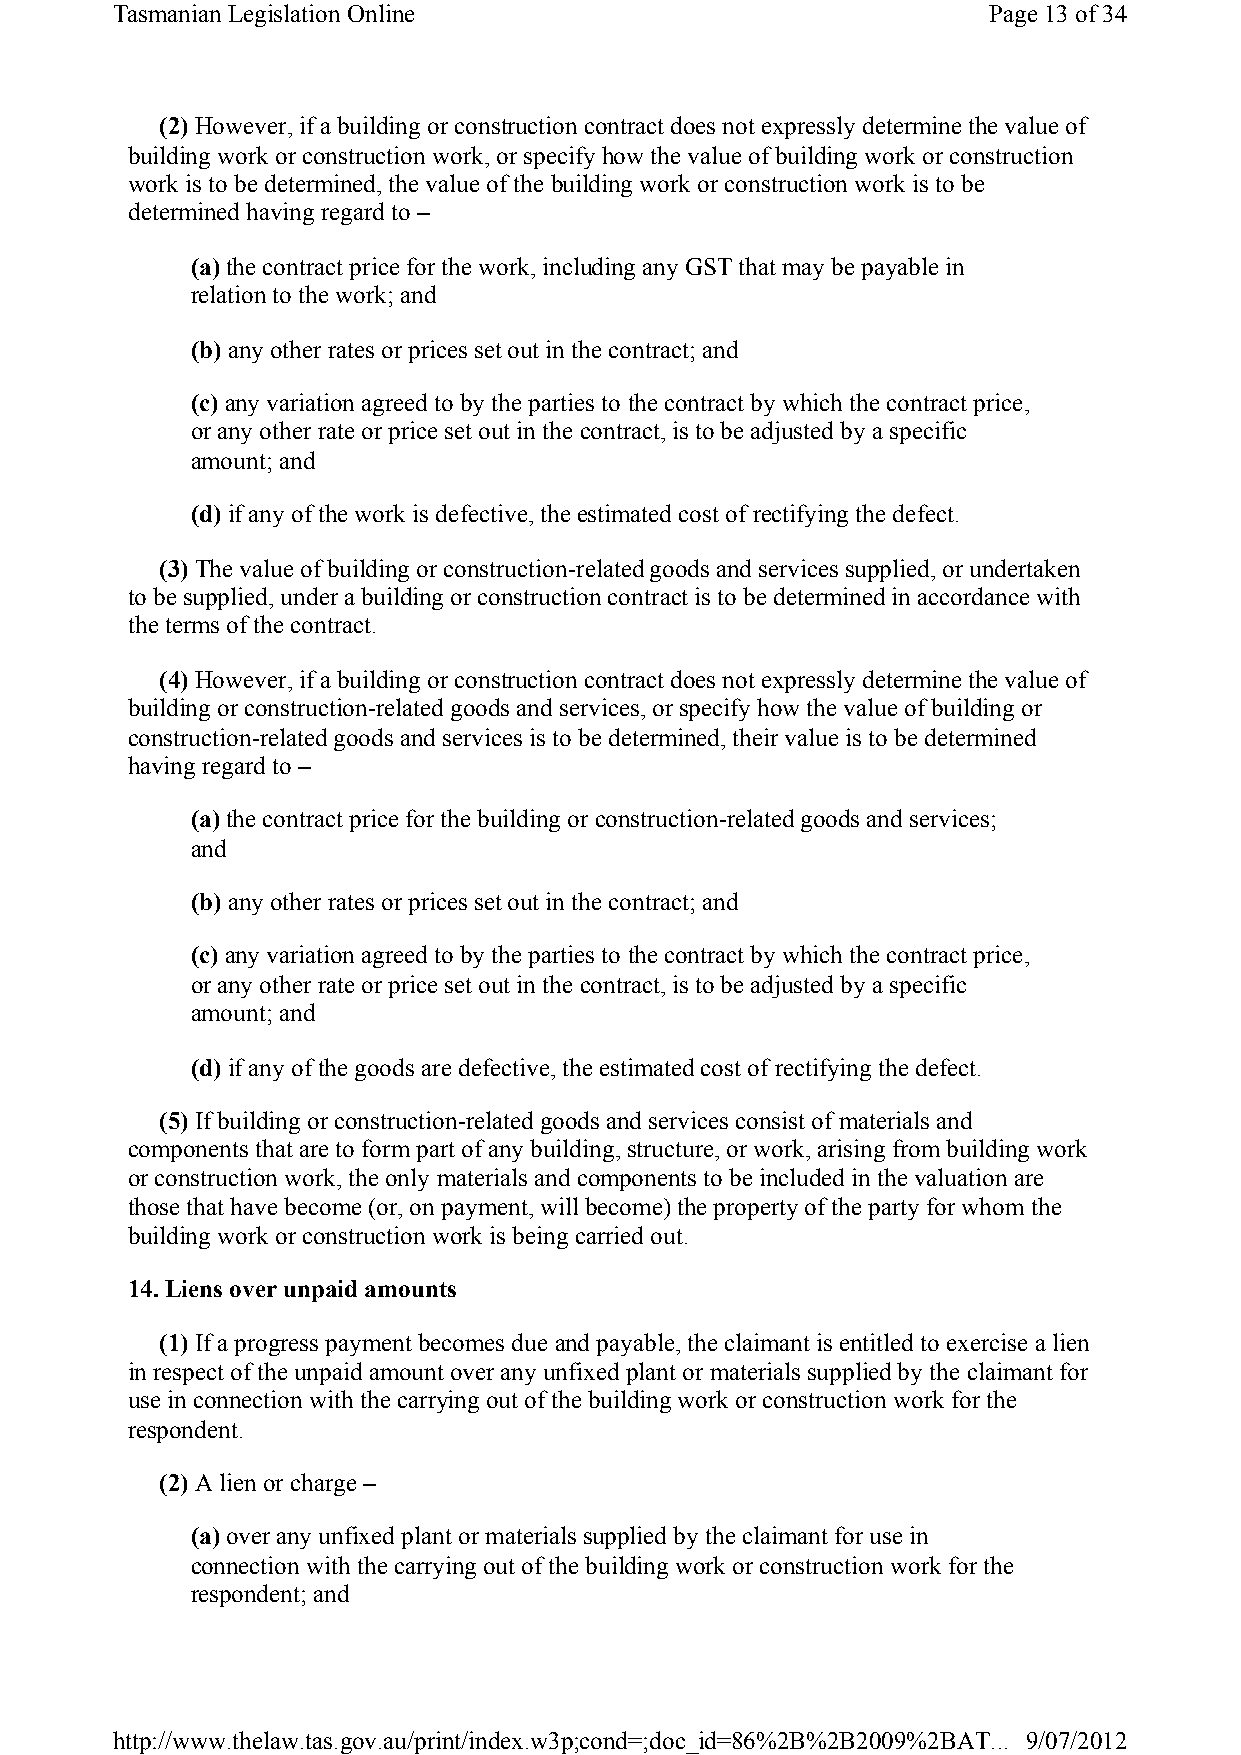
Tasmanian Legislation Online                              Page 13of 34
 (2) However, if a building or construction contract does not expressly determine the value of
 building work or construction work, or specify how the value of building work or construction
 work is to be determined, the value of the building work or construction work is to be
 determined having regard to –
 (a) the contract price for the work, including any GST that may be payable in
 relation to the work; and
 (b) any other rates or prices set out in the contract; and
 (c)any variation agreed to by the parties to the contract by which the contract price,
 or any other rate or price set out in the contract, is to be adjusted by a specific
 amount; and
 (d) if any of the work is defective, the estimated cost of rectifying the defect.
 (3) The value of building or construction-related goods and services supplied, or undertaken
 to be supplied, under a building or construction contract is to be determined in accordance with
 the terms of the contract.
 (4) However, if a building or construction contract does not expressly determine the value of
 building or construction-related goods and services, or specify how the value of building or
 construction-related goods and services is to be determined, their value is to be determined
 having regard to –
 (a) the contract price for the building or construction-related goods and services;
 and
 (b) any other rates or prices set out in the contract; and
 (c)any variation agreed to by the parties to the contract by which the contract price,
 or any other rate or price set out in the contract, is to be adjusted by a specific
 amount; and
 (d) if any of the goods are defective, the estimated cost of rectifying the defect.
 (5) If building or construction-related goods and services consist of materials and
 components that are to form part of any building, structure, or work, arising from building work
 or construction work, the only materials and components to be included in the valuation are
 those that have become (or, on payment, will become) the property of the party for whom the
 building work or construction work is being carried out.
 14. Liens over unpaid amounts
 (1) If a progress payment becomes due and payable, the claimant is entitled to exercise a lien
 in respect of the unpaid amount over any unfixed plant or materials supplied by the claimant for
 use in connection with the carrying out of the building work or construction work for the
 respondent.
 (2) A lien or charge –
 (a) over any unfixed plant or materials supplied by the claimant for use in
 connection with the carrying out of the building work or construction work for the
 respondent; and
 http://www.thelaw.tas.gov.au/print/index.w3p;cond=;doc_id=86%2B%2B2009%2BAT... 9/07/2012